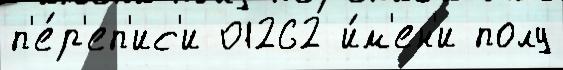
п'е́р'еп'ис'и 01262 и́м'ен'и полу